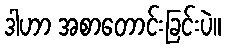
ဒါဟာ အစာတောင်းခြင်းပဲ။